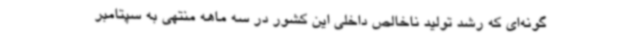
گونه‌ای که رشد تولید ناخالص داخلی این کشور در سه ماهه منتهی به سپتامبر